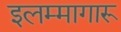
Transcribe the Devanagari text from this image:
इलम्मागारू